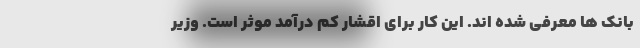
بانک ها معرفی شده اند. این کار برای اقشار کم درآمد موثر است. وزیر